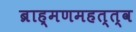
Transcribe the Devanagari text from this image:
ब्राह्मणमहत्त्व